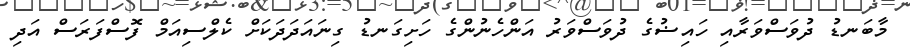
މާބަނޑު ދުވަސްވަރާއި ހައިޟުގެ ދުވަސްވަރު އަންހެނުންގެ ހަށިގަނޑު ގިނައަދަދަކަށް ކެލްސިއަމް ފޮސްފަރަސް އަދި